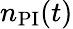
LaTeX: n_{\mathrm{PI}}(t)